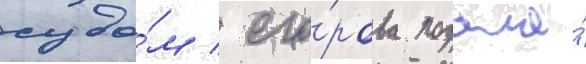
судо́м / его́рова подала́